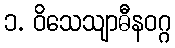
၁. ဝိသေသျာဓီနဝဂ္ဂ